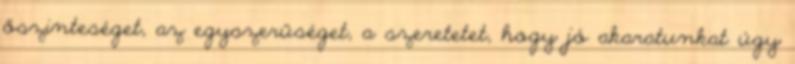
őszinteséget, az egyszerűséget, a szeretetet, hogy jó akaratunkat úgy